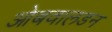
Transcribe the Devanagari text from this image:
ओबवालडन